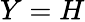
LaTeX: Y=H